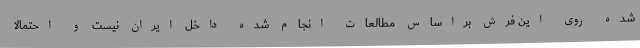
شده روی این فرش براساس مطالعات انجام شده داخل ایران نیست و احتمالا